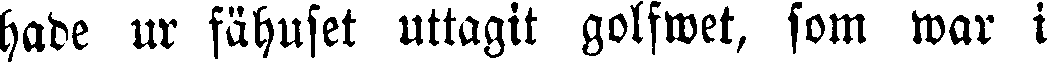
hade ur fähuset uttagit golfwet, som war i